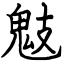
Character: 鬾